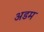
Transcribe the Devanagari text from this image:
अडम